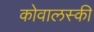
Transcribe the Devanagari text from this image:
कोवालस्की